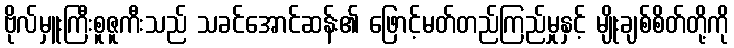
ဗိုလ်မှူးကြီးစူဇူကီးသည် သခင်အောင်ဆန်း၏ ဖြောင့်မတ်တည်ကြည်မှုနှင့် မျိုးချစ်စိတ်တို့ကို